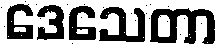
ဒေသေတာ